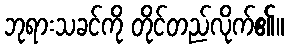
ဘုရားသခင်ကို တိုင်တည်လိုက်၏။